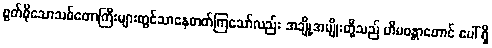
စွတ်စိုသောသစ်တောကြီးများတွင်သာနေတတ်ကြသော်လည်း အချို့အမျိုးတို့သည် ဟိမဝန္တာတောင် ပေါ် ရှိ